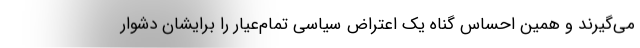
می‌گیرند و همین احساس گناه یک اعتراض سیاسیِ تمام‌عیار را برایشان دشوار